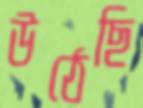
উঠেছি